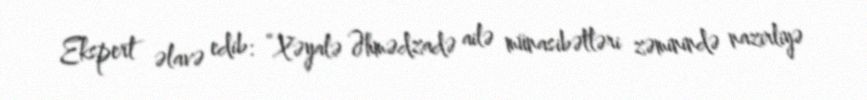
Ekspert əlavə edib: “Xəyalə Əhmədzadə ailə münasibətləri zəminində nazirliyə